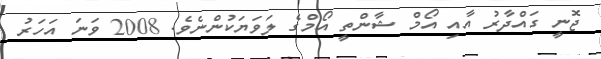
ޖޮނީ ގައްދާރު އާއި އޯމް ޝާންތީ އޯމްގެ ލަވަޔަކުންނެވެ. 2008 ވަނަ އަހަރު